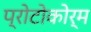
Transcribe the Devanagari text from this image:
प्रोटोकोर्म